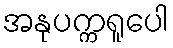
အနုပက္ကရူပေါ